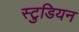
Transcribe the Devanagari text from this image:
स्टुडियन